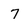
Character: 7